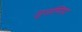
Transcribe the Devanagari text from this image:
जुर्जानिया